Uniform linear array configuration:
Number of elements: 4
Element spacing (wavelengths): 0.75
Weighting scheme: hann
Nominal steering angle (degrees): -45
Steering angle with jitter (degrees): -46.477
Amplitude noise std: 0.05
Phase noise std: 0.05

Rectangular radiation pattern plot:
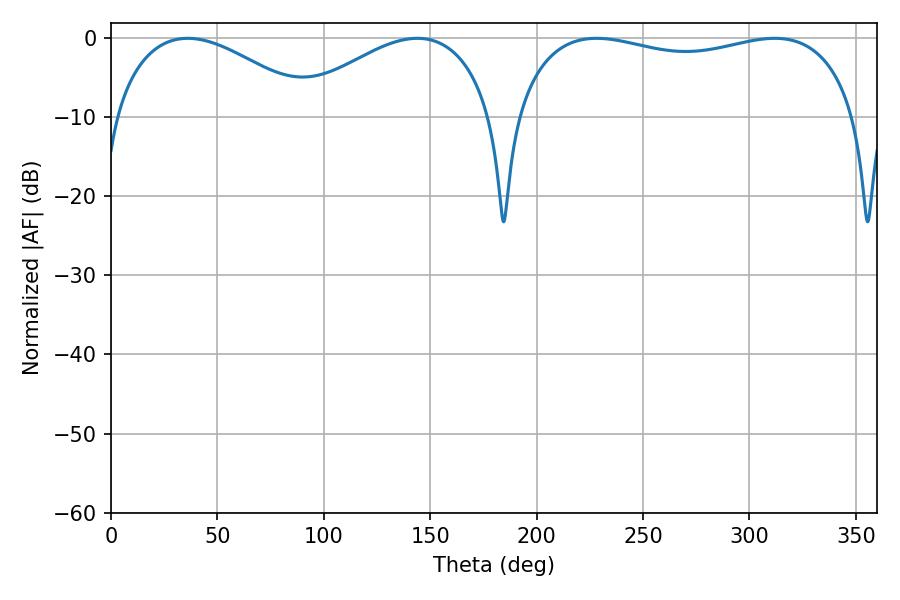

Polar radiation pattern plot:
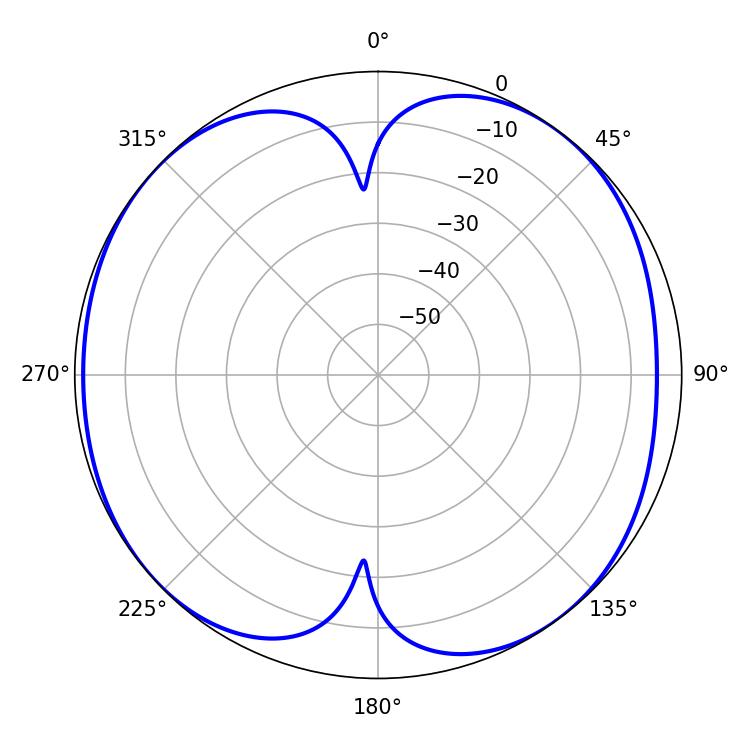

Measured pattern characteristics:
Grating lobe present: TRUE
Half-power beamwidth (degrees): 131.4
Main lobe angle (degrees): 311.94